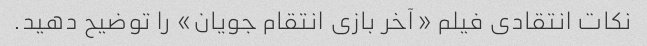
نکات انتقادی فیلم «آخر بازی انتقام جویان» را توضیح دهید.